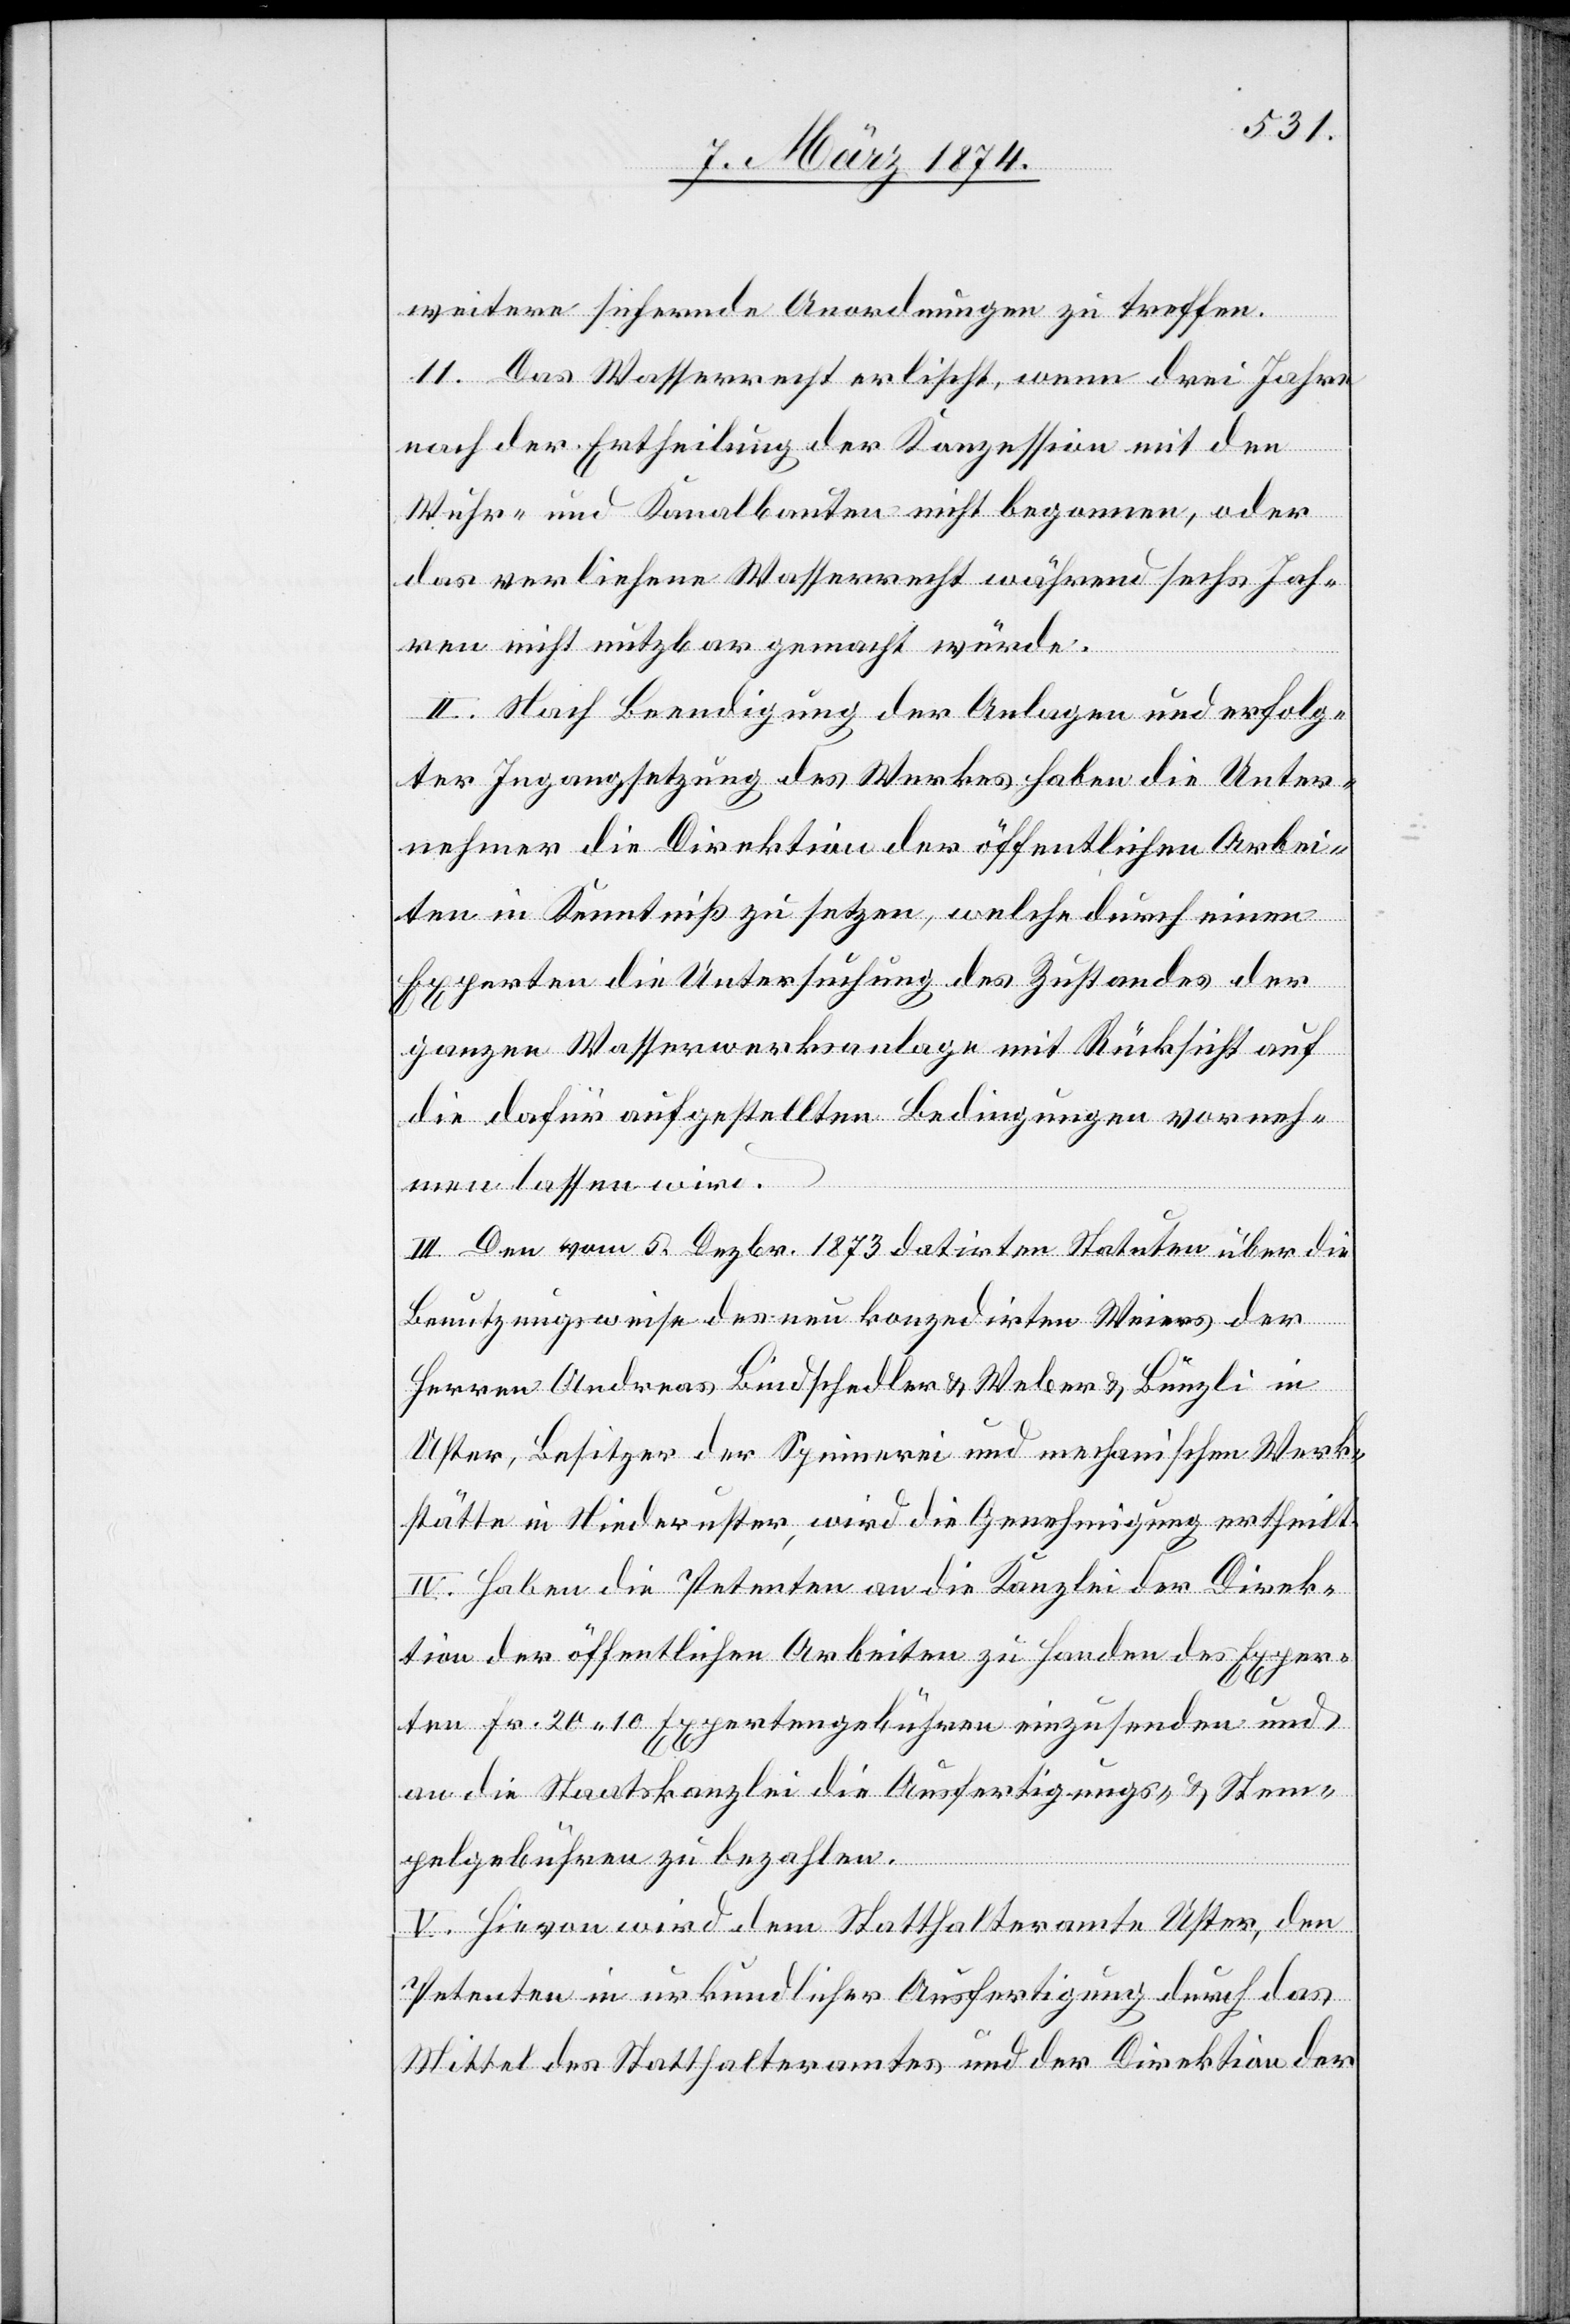
weitere sichernde Anordnungen zu treffen.
11. Das Wasserrecht erlischt, wenn drei Jahre
nach der Ertheilung der Konzession mit den
Wuhr- und Kanalbauten nicht begonnen, oder
das verliehene Wasserrecht während sechs Jah¬
ren nicht nutzbar gemacht würde.
II. Nach Beendigung der Anlagen und erfolg¬
ter Ingangsetzung des Werkes haben die Unter¬
nehmer die Direktion der öffentlichen Arbei¬
ten in Kenntniß zu setzen, welche durch einen
Experten die Untersuchung des Zustandes der
ganzen Wasserwerksanlage mit Rücksicht auf
die dafür aufgestellten Bedingungen vorneh¬
men lassen wird.
III. Den vom 5. Dezbr. 1873 datirten Statuten über die
Benutzungsweise des neu konzedirten Weiers der
Herren Andreas Bindschedler u. Weber u. Bünzli in
Uster, Besitzer der Spinnerei und mechanischen Werk¬
stätte in Niederuster, wird die Genehmigung ertheilt.
IV. Haben die Petenten an die Kanzlei der Direk¬
tion der öffentlichen Arbeiten zu Handen des Exper¬
ten Fr. 20.10 Expertengebühren einzusenden und
an die Staatskanzlei die Ausfertigungs- u. Stem¬
pelgebühren zu bezahlen.
V. Hievon wird dem Statthalteramte Uster, den
Petenten in urkundlicher Ausfertigung durch das
Mittel des Statthalteramtes und der Direktion der